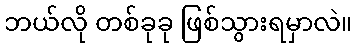
ဘယ်လို တစ်ခုခု ဖြစ်သွားရမှာလဲ။